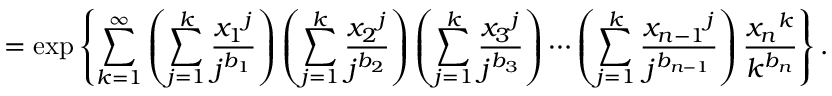
= \exp \left\{ \sum _ { k = 1 } ^ { \infty } \left( \sum _ { j = 1 } ^ { k } \frac { { x _ { 1 } } ^ { j } } { j ^ { b _ { 1 } } } \right) \left( \sum _ { j = 1 } ^ { k } \frac { { x _ { 2 } } ^ { j } } { j ^ { b _ { 2 } } } \right) \left( \sum _ { j = 1 } ^ { k } \frac { { x _ { 3 } } ^ { j } } { j ^ { b _ { 3 } } } \right) \cdots \left( \sum _ { j = 1 } ^ { k } \frac { { x _ { n - 1 } } ^ { j } } { j ^ { b _ { n - 1 } } } \right) \frac { { x _ { n } } ^ { k } } { k ^ { b _ { n } } } \right\} .